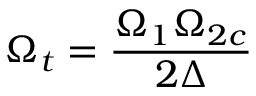
\Omega _ { t } = \frac { \Omega _ { 1 } \Omega _ { 2 c } } { 2 \Delta }